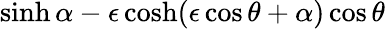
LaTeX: \sinh{\alpha}-\epsilon\cosh(\epsilon\cos\theta+{\alpha})\cos\theta